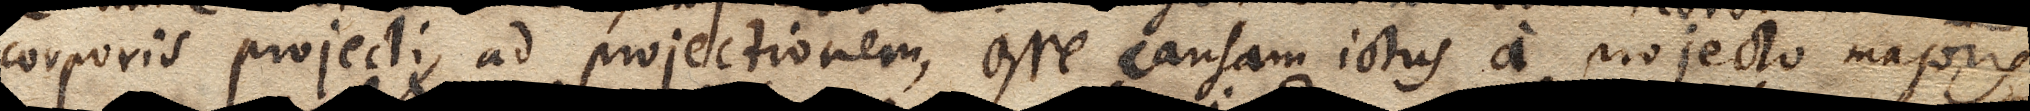
corporis projecti, ad projectionem, esse causam ictus a projecto majoris